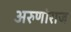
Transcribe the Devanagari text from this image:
अरुणोराज